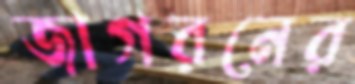
জাগরনের